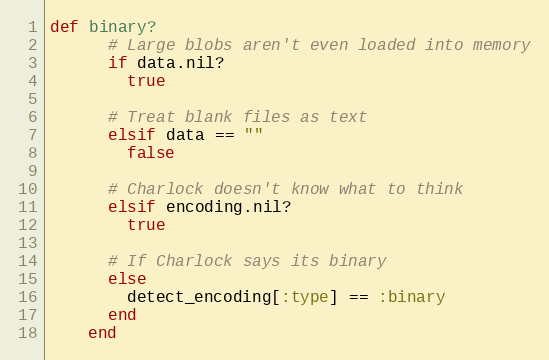
Language: Ruby
def binary?
      # Large blobs aren't even loaded into memory
      if data.nil?
        true

      # Treat blank files as text
      elsif data == ""
        false

      # Charlock doesn't know what to think
      elsif encoding.nil?
        true

      # If Charlock says its binary
      else
        detect_encoding[:type] == :binary
      end
    end